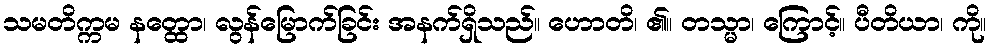
သမတိက္ကမ နတ္ထော၊ လွန်မြောက်ခြင်း အနက်ရှိသည်။ ဟောတိ၊ ၏။ တသ္မာ၊ ကြောင့်။ ပီတိယာ၊ ကို။